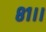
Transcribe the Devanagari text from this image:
८१।।